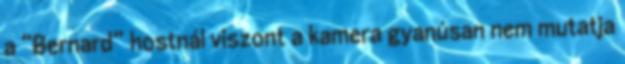
a “Bernard” hostnál viszont a kamera gyanúsan nem mutatja